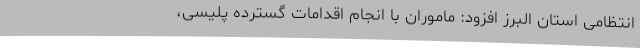
انتظامی استان البرز افزود: ماموران با انجام اقدامات گسترده پلیسی،